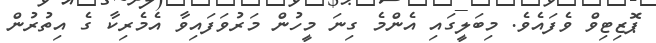
ޕޮޒިޓިވް ވެފައެވެ. މިބަލީގައި އެންމެ ގިނަ މީހުން މަރުވަފައިވާ އެމެރިކާ ގެ އިތުރުން